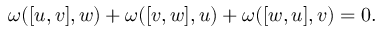
\omega ( [ u , v ] , w ) + \omega ( [ v , w ] , u ) + \omega ( [ w , u ] , v ) = 0 .